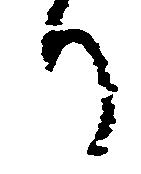
り